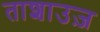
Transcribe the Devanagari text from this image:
ताशाउज़